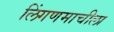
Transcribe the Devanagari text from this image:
लिंगणमाचीला